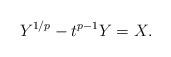
LaTeX: \begin{align*}Y^{1/p} - t^{p-1} Y = X.\end{align*}